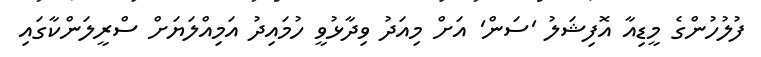
ފުލުހުންގެ މީޑިއާ އޮފިޝަލު 'ސަން' އަށް މިއަދު ވިދާޅުވީ ހުމައިދު އަމިއްލަޔަށް ސްރީލަންކާގައި